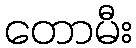
တောမီး